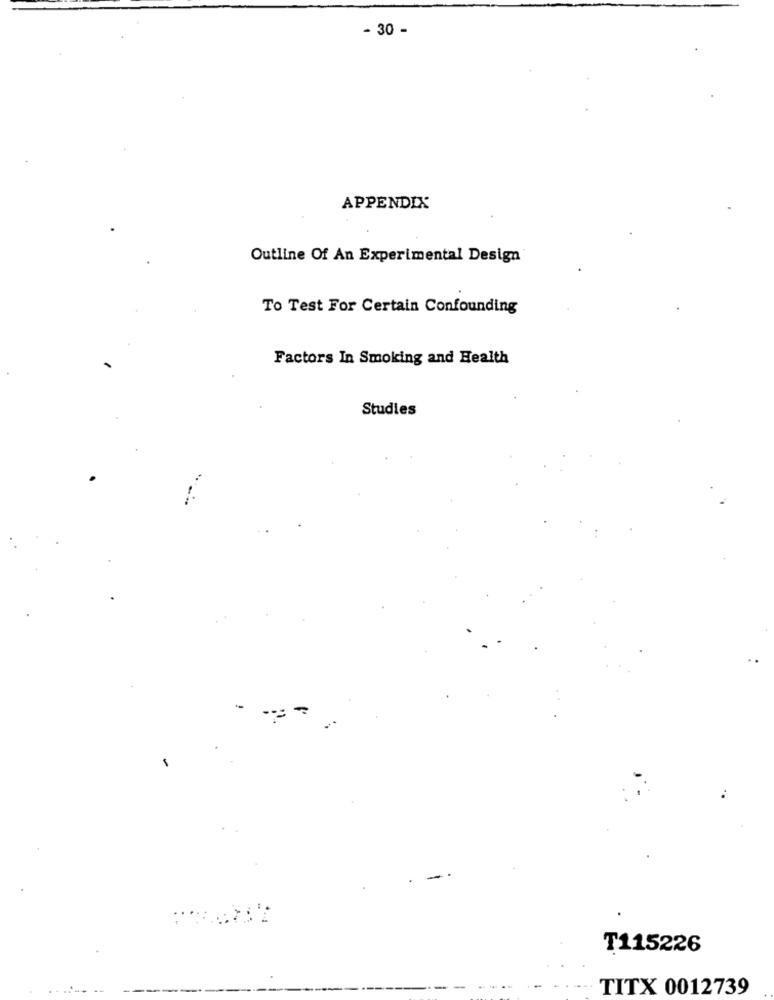
- 30 -
APPENDIX
Outline Of An Experimental Design
To Test For Certain Confounding
Factors In Smoking and Health
Studies
T115226
TITX 0012739